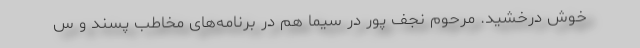
خوش درخشید. مرحوم نجف پور در سیما هم در برنامه‌های مخاطب پسند و س